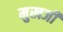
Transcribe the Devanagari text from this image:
मुखजी